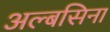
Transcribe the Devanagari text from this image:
अल्बसिना